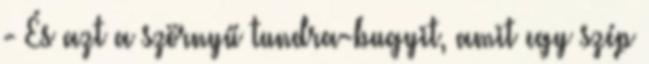
- És azt a szörnyű tundra-bugyit, amit egy szép